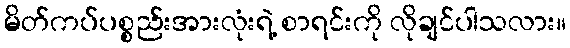
မိတ်ကပ်ပစ္စည်းအားလုံးရဲ့ စာရင်းကို လိုချင်ပါသလား။